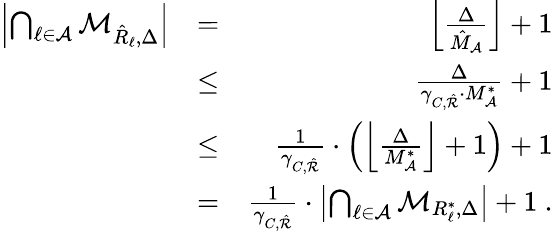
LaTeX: \begin{array}{rlr}{\left|\bigcap_{\ell\in{\cal A}}{\cal M}_{\hat{R}_{\ell},\Delta}\right|}&{=}&{\left\lfloor\frac{\Delta}{\hat{M}_{\cal A}}\right\rfloor+1}\\ &{\leq}&{\frac{\Delta}{\gamma_{C,\hat{\cal R}}\cdot M_{\cal A}^{*}}+1}\\ &{\leq}&{\frac{1}{\gamma_{C,\hat{\cal R}}}\cdot\left(\left\lfloor\frac{\Delta}{M_{\cal A}^{*}}\right\rfloor+1\right)+1}\\ &{=}&{\frac{1}{\gamma_{C,\hat{\cal R}}}\cdot\left|\bigcap_{\ell\in{\cal A}}{\cal M}_{R_{\ell}^{*},\Delta}\right|+1\ .}\end{array}